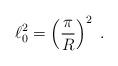
LaTeX: \begin{align*}\ell_0^2=\left(\frac{\pi}{R}\right)^2\;.\end{align*}